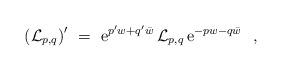
LaTeX: \begin{align*}\left( {\cal L} _{p,q} \right) ^{\prime} \ =\ {\rm e}^{p ^{\prime}w+q ^{\prime}\bar w} \, {\cal L} _{p,q} \, {\rm e}^{-p w-q \bar w} \ \ ,\end{align*}